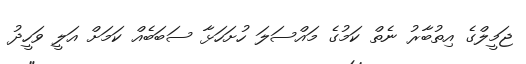
ޖަމީލްގެ އިތުބާރު ނެތް ކަމުގެ މައްސަލަ ހުށަހަޅާ ސަބަބެއް ކަމަށް އަލީ ވަހީދު